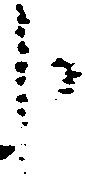
申